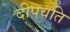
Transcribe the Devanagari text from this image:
दीपवति